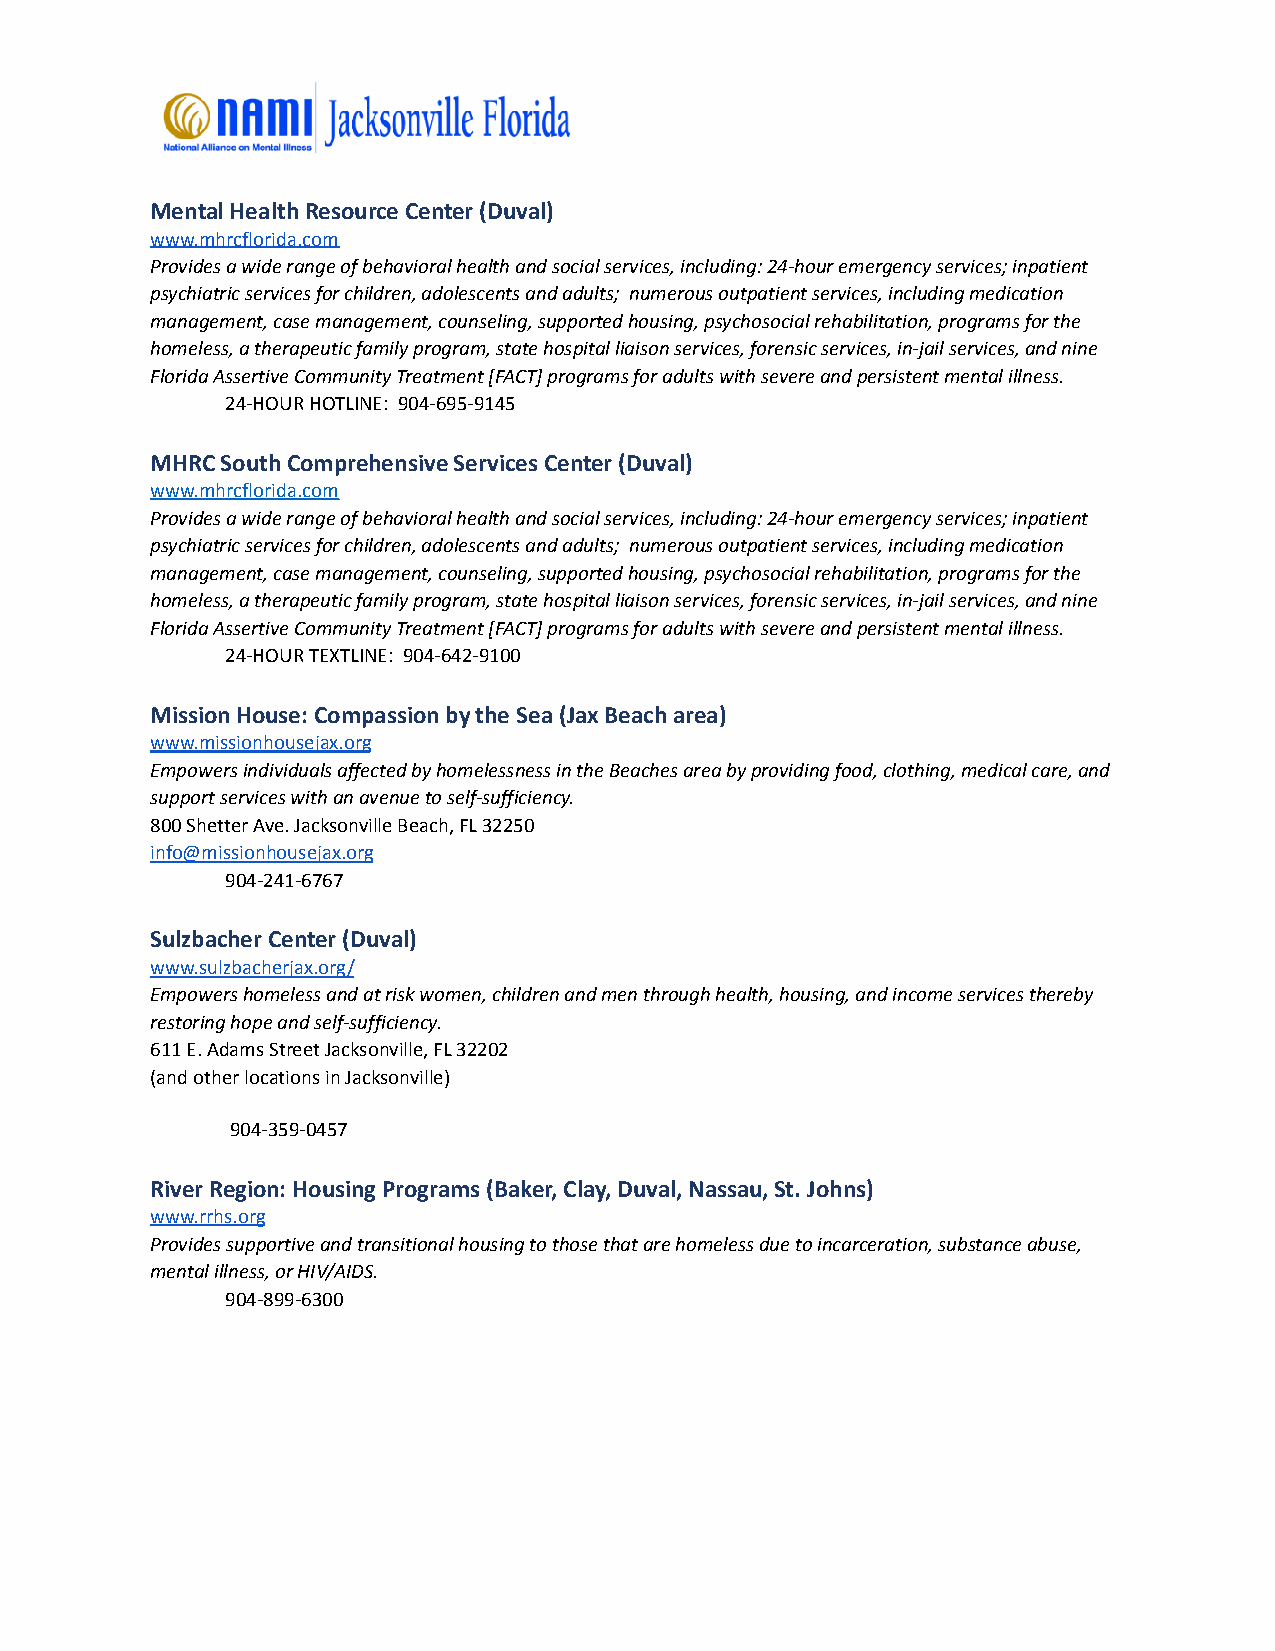
Mental Health Resource Center (Duval)
 www.mhrcflorida.com
 Provides a wide range of behavioral health and social services, including: 24-hour emergency services; inpatient
 psychiatric services for children, adolescents and adults; numerous outpatient services, including medication
 management, case management, counseling, supported housing, psychosocial rehabilitation, programs for the
 homeless, a therapeutic family program, state hospital liaison services, forensic services, in-jail services, and nine
 Florida Assertive Community Treatment [FACT] programs for adults with severe and persistent mental illness.
 24-HOUR HOTLINE: 904-695-9145
 MHRC South Comprehensive Services Center (Duval)
 www.mhrcflorida.com
 Provides a wide range of behavioral health and social services, including: 24-hour emergency services; inpatient
 psychiatric services for children, adolescents and adults; numerous outpatient services, including medication
 management, case management, counseling, supported housing, psychosocial rehabilitation, programs for the
 homeless, a therapeutic family program, state hospital liaison services, forensic services, in-jail services, and nine
 Florida Assertive Community Treatment [FACT] programs for adults with severe and persistent mental illness.
 24-HOUR TEXTLINE: 904-642-9100
 Mission House: Compassion by the Sea (Jax Beach area)
 www.missionhousejax.org
 Empowers individuals affected by homelessness in the Beaches area by providing food, clothing, medical care, and
 support services with an avenue to self-sufficiency.
 800 Shetter Ave. Jacksonville Beach, FL 32250
 info@missionhousejax.org
 904-241-6767
 Sulzbacher Center (Duval)
 www.sulzbacherjax.org/
 Empowers homeless and at risk women, children and men through health, housing, and income services thereby
 restoring hope and self-sufficiency.
 611 E. Adams Street Jacksonville, FL 32202
 (and other locations in Jacksonville)
 904-359-0457
 River Region: Housing Programs (Baker, Clay, Duval, Nassau, St. Johns)
 www.rrhs.org
 Provides supportive and transitional housing to those that are homeless due to incarceration, substance abuse,
 mental illness, or HIV/AIDS.
 904-899-6300